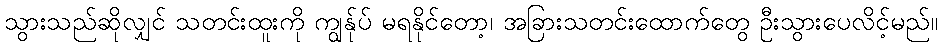
သွားသည်ဆိုလျှင် သတင်းထူးကို ကျွန်ုပ် မရနိုင်တော့၊ အခြားသတင်းထောက်တွေ ဦးသွားပေလိင့်မည်။